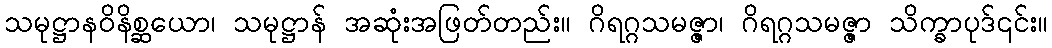
သမုဋ္ဌာနဝိနိစ္ဆယော၊ သမုဋ္ဌာန် အဆုံးအဖြတ်တည်း။ ဂိရဂ္ဂသမဇ္ဇာ၊ ဂိရဂ္ဂသမဇ္ဇာ သိက္ခာပုဒ်၎င်း။